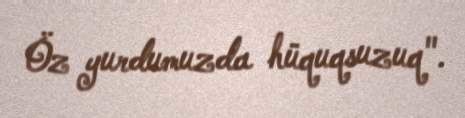
Öz yurdumuzda hüquqsuzuq".